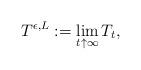
LaTeX: \begin{align*}T^{\epsilon,L}:=\lim_{t\uparrow \infty}T_t,\end{align*}